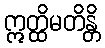
ဣတ္ထိမတိန္တိ